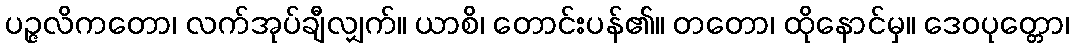
ပဉ္ဇလိကတော၊ လက်အုပ်ချီလျှက်။ ယာစိ၊ တောင်းပန်၏။ တတော၊ ထိုနောင်မှ။ ဒေဝပုတ္တော၊